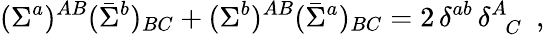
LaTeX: (\Sigma^{a})^{AB}(\bar{\Sigma}^{b})_{BC}+(\Sigma^{b})^{AB}(\bar{\Sigma}^{a})_{BC}=2\, \delta^{ab}\, \delta_{\, \, \, C}^{A}~~,